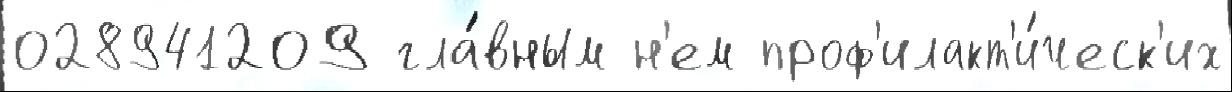
028941209 гла́вным н'ем проф'илакт'и́ческ'их